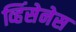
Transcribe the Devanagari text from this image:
व्हिंसेनेस